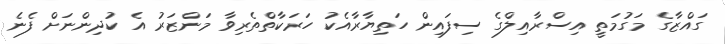
ގައްޒާގެ މަގުމަތީ އިސްރާއިލްގެ ސިފައިން ހަތިޔާރާއެކު ހަރަކާތްތެރިވާ މަންޒަރު އެ ކުދިންނަށް ފެނެ